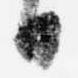
日